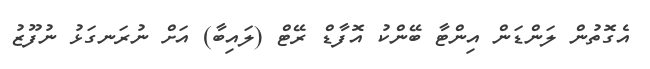
އެގޮތުން ލަންޑަން އިންޓާ ބޭންކު އޮފާޑް ރޭޓް (ލައިބާ) އަށް ނުރަނގަޅު ނުފޫޒު